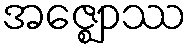
အဇ္ဈောဿ